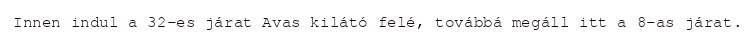
Innen indul a 32-es járat Avas kilátó felé, továbbá megáll itt a 8-as járat.